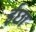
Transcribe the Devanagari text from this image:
ईछा